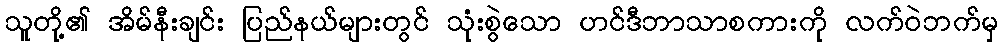
သူတို့၏ အိမ်နီးချင်း ပြည်နယ်များတွင် သုံးစွဲသော ဟင်ဒီဘာသာစကားကို လက်ဝဲဘက်မှ